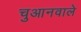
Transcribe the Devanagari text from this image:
चुआनवाले